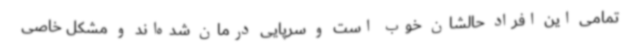
تمامی این افراد حالشان خوب است و سرپایی درمان شده‌اند و مشکل خاصی